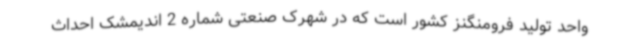
واحد تولید فرومنگنز کشور است که در شهرک صنعتی شماره 2 اندیمشک احداث